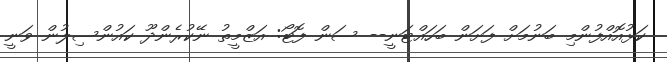
ކަޅުއޮއްފުންމި ބަނުމަށް ފަށަން ބަހައްޓަނީ-- ސަން ފޮޓޯ: އަޒްމީތު ނޭކުރެންދޫ ކައުންސިލުން ވަނީ